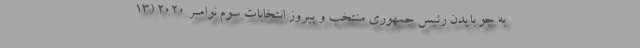
به جو بایدن رئیس جمهوری منتخب و پیروز انتخابات سوم نوامبر ۲۰۲۰ (۱۳